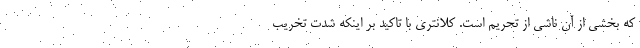
که بخشی از آن ناشی از تحریم است. کلانتری با تاکید بر اینکه شدت تخریب